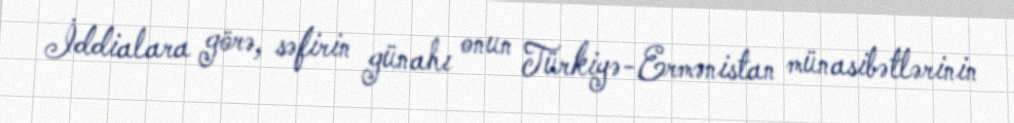
İddialara görə, səfirin günahı onun Türkiyə-Ermənistan münasibətlərinin